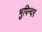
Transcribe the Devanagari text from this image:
भुपिन्दर